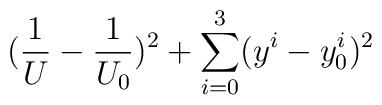
(\frac{1}{U}-\frac{1}{U_0})^2 + \sum_{i=0}^{3}(y^i-y^i_0)^2